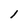
Character: l